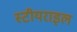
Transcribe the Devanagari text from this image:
स्टीयराइल